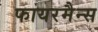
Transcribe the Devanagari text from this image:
फायरमैन्स